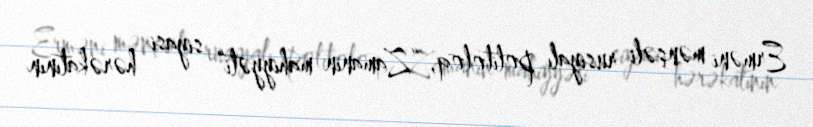
Erməni mənşəli rusiyalı politoloq, “Zamanın mahiyyəti” siyasi hərəkatının